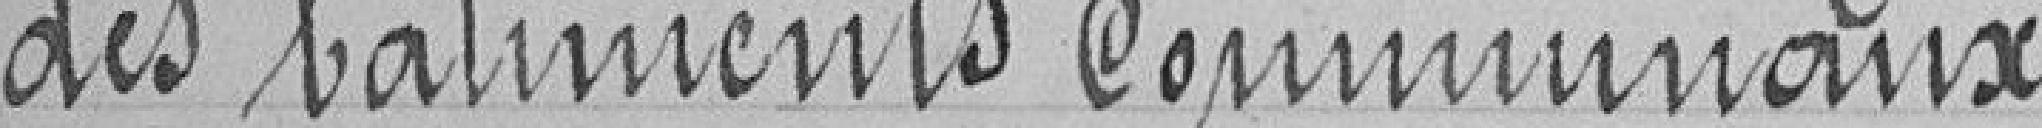
des bâtiments communaux